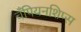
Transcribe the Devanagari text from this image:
चँपियनशिप्स